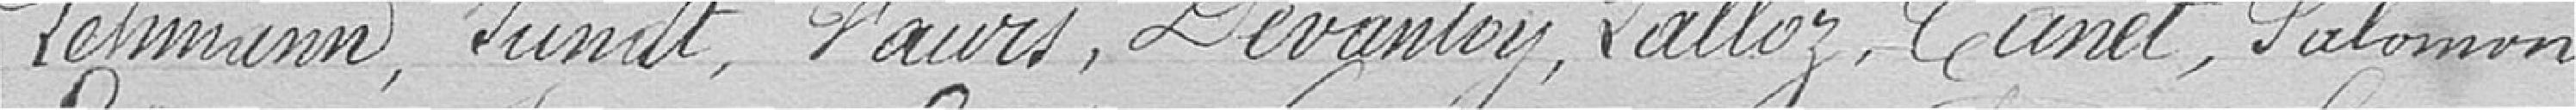
Lehmann, Jundt, Vaurs, Devantry, Salloz, Cunet, Salomon